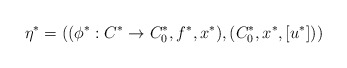
\begin{align*}\eta^*= ((\phi^*:C^*\rightarrow C^*_0,f^*,x^*),(C^*_0,x^*,[u^*]))\end{align*}